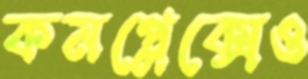
কমপ্লেক্সেও